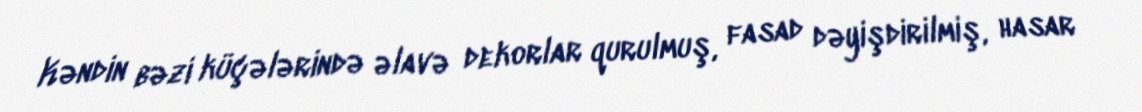
Kəndin bəzi küçələrində əlavə dekorlar qurulmuş, fasad dəyişdirilmiş, hasar